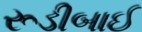
રૂડીબાઈ